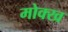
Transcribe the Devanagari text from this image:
मोक्ख